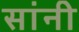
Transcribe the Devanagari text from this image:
सांनी